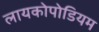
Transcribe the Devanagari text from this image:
लायकोपोडियम